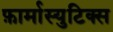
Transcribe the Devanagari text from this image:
फ़ार्मास्युटिक्स